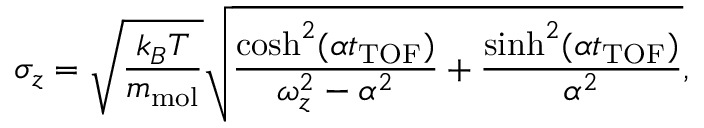
\sigma _ { z } = \sqrt { \frac { k _ { B } T } { m _ { \mathrm { m o l } } } } \sqrt { \frac { \cosh ^ { 2 } ( \alpha t _ { \mathrm { T O F } } ) } { \omega _ { z } ^ { 2 } - \alpha ^ { 2 } } + \frac { \sinh ^ { 2 } ( \alpha t _ { \mathrm { T O F } } ) } { \alpha ^ { 2 } } } ,